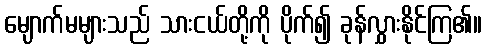
မျောက်မများသည် သားငယ်တို့ကို ပိုက်၍ ခုန်လွှားနိုင်ကြ၏။